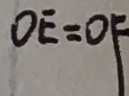
O E = O F